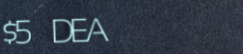
$5 DEAL